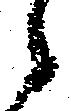
候